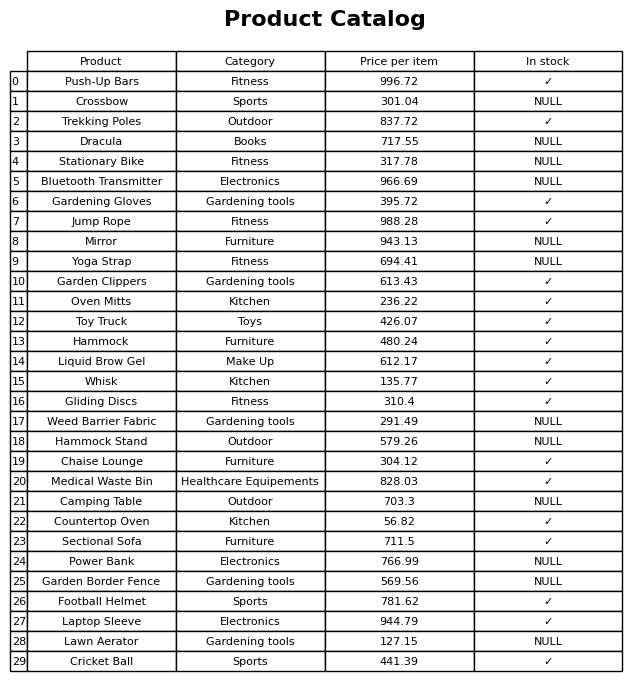
question: What is the price of the Dracula?
answer: The price of Dracula is 717.55.